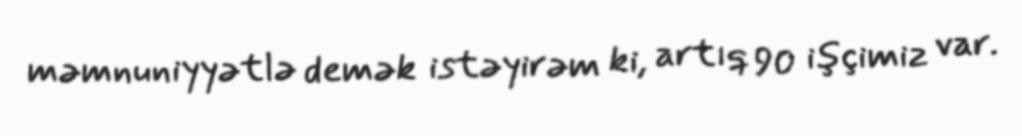
məmnuniyyətlə demək istəyirəm ki, artıq 90 işçimiz var.